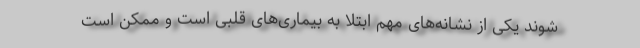
شوند یکی از نشانه‌های مهم ابتلا به بیماری‌های قلبی است و ممکن است